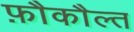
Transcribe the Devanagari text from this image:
फ़ौकौल्त